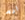
ارم